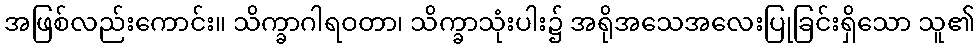
အဖြစ်လည်းကောင်း။ သိက္ခာဂါရဝတာ၊ သိက္ခာသုံးပါး၌ အရိုအသေအလေးပြုခြင်းရှိသော သူ၏